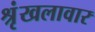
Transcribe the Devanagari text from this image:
श्रृंखलावार